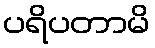
ပရိပတာမိ